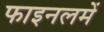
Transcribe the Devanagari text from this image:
फाइनलमें